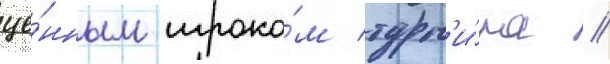
це́нным игроко́м турн'и́ра //